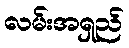
လမ်းအရှည်